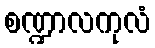
စဏ္ဍာလကုလံ